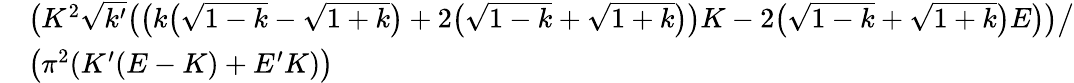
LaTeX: \begin{array}{rl}&{\big(K^{2}\sqrt{k^{\prime}}\big(\big(k\big(\sqrt{1-k}-\sqrt{1+k}\big)+2\big(\sqrt{1-k}+\sqrt{1+k}\big)\big)K-2\big(\sqrt{1-k}+\sqrt{1+k}\big)E\big)\big)\big/}\\ &{\big(\pi^{2}(K^{\prime}(E-K)+E^{\prime}K)\big)}\end{array}